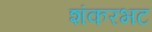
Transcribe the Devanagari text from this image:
शंकरभट